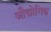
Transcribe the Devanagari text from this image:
औद्मोगिक